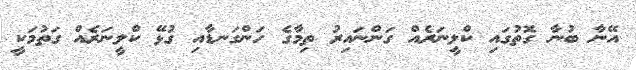
އޭނާ ބުނާ ގޮތުގައި ކްލީނަރެއް ގަންނައިރު ތިމާގެ ހަންގަނޑާއި ގުޅޭ ކްލީނަރެއް ގަތުމަކީ